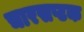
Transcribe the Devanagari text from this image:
चारसप्टक